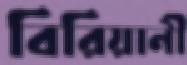
বিরিয়ানী